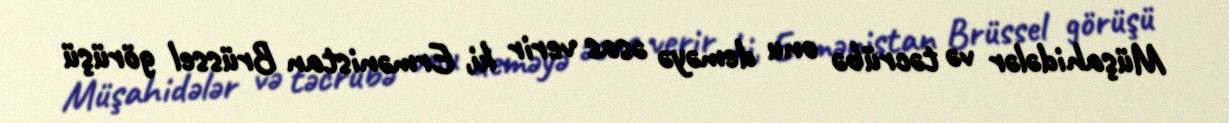
Müşahidələr və təcrübə onu deməyə əsas verir ki, Ermənistan Brüssel görüşü